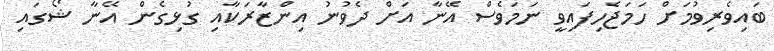
ބައިވެރިވުމަށް ހަމަޖެހިފައިވީ ނަމަވެސް އޭނާ އަށް ދެވުނު އިންޒާރަކާއި ގުޅިގެން އޭނާ ޝޯގައި